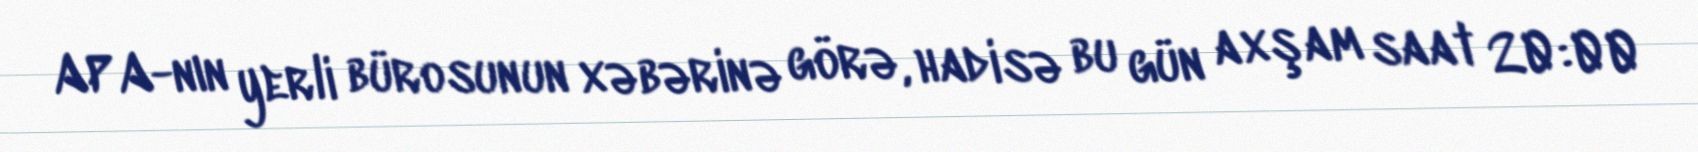
APA-nın yerli bürosunun xəbərinə görə, hadisə bu gün axşam saat 20:00